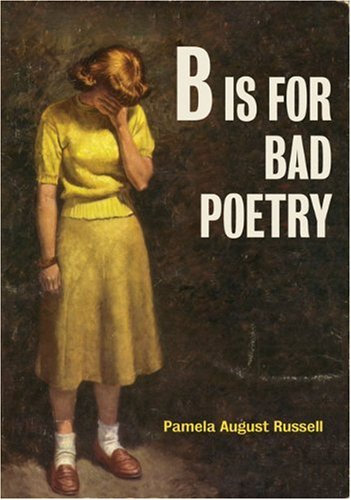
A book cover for B Is for Bad Poetry; Pamela August Russell; Humor & Entertainment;